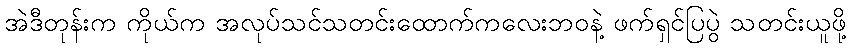
အဲဒီတုန်းက ကိုယ်က အလုပ်သင်သတင်းထောက်ကလေးဘဝနဲ့ ဖက်ရှင်ပြပွဲ သတင်းယူဖို့